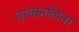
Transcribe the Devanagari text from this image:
तात्कालिता